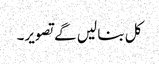
کل بنا لیں گے تصویر۔